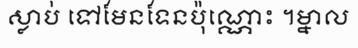
ស្លាប់ ទៅមែនទែនប៉ុណ្ណោះ ។ម្នាល